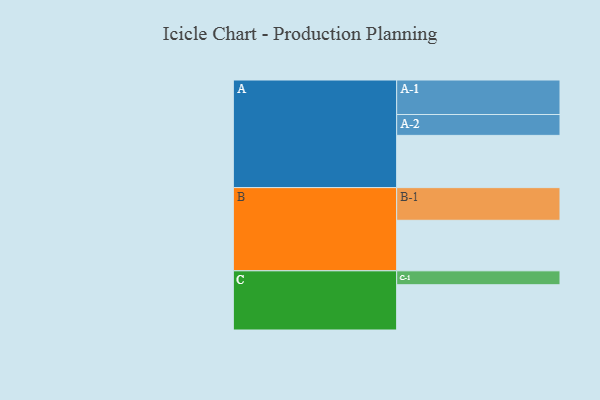
{"axis": {"x": "Segment", "y": "Value"}, "legend": ["", "A", "B", "C"], "data": [{"x": "A", "y": 398, "type": ""}, {"x": "B", "y": 385, "type": ""}, {"x": "C", "y": 345, "type": ""}, {"x": "A-1", "y": 263, "type": "A"}, {"x": "A-2", "y": 159, "type": "A"}, {"x": "B-1", "y": 249, "type": "B"}, {"x": "C-1", "y": 106, "type": "C"}]}